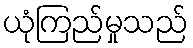
ယုံကြည်မှုသည်